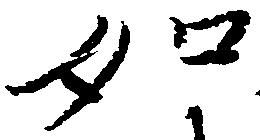
如